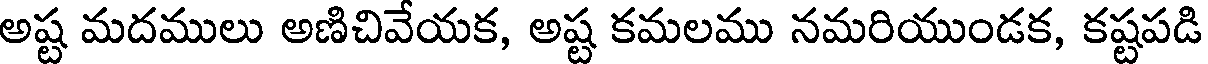
అష్ట మదములు అణిచివేయక, అష్ట కమలము నమరియుండక, కష్టపడి